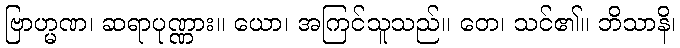
ဗြာဟ္မဏ၊ ဆရာပုဏ္ဏား။ ယော၊ အကြင်သူသည်။ တေ၊ သင်၏။ ဘိသာနိ၊